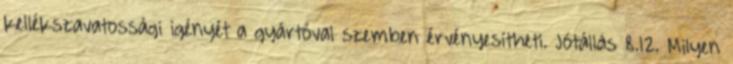
kellékszavatossági igényét a gyártóval szemben érvényesítheti. Jótállás 8.12. Milyen